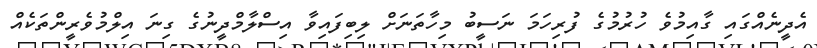
އެދީނެއްގައި ގާއިމުވެ ހުރުމުގެ ފުރިހަމަ ނަސީބު މިހާތަނަށް ލިބިފައިވާ އިސްލާމްދީނުގެ ގިނަ އިލްމުވެރީންތަކެއް